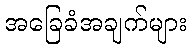
အခြေခံအချက်များ